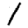
Digit: 1